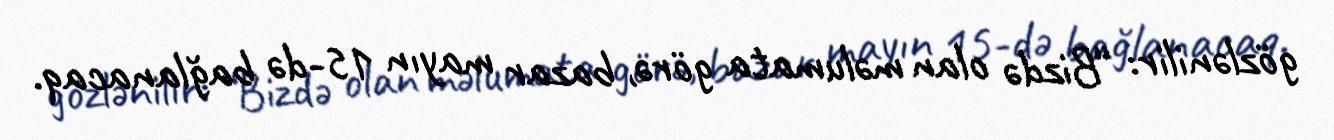
gözlənilir: “Bizdə olan məlumata görə, bazar mayın 15-də bağlanacaq.